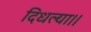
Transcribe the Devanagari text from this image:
दिधल्या।।